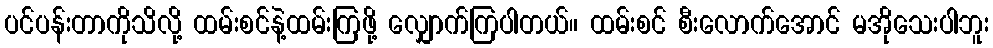
ပင်ပန်းတာကိုသိလို့ ထမ်းစင်နဲ့ထမ်းကြဖို့ လျှောက်ကြပါတယ်။ ထမ်းစင် စီးလောက်အောင် မအိုသေးပါဘူး